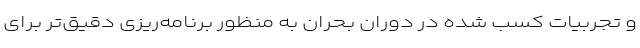
و تجربیات کسب شده در دوران بحران به منظور برنامه‌ریزی دقیق‌تر برای